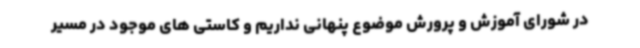
در شورای آموزش و پرورش موضوع پنهانی نداریم و کاستی های موجود در مسیر